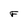
Character: F